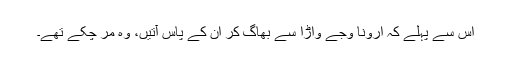
اس سے پہلے کہ ارونا وجے واڑا سے بھاگ کر ان کے پاس آتیں، وہ مر چکے تھے۔